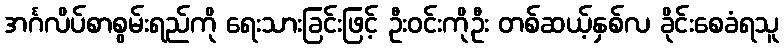
အင်္ဂလိပ်စာစွမ်းရည်ကို ရေးသားခြင်းဖြင့် ဦးဝင်းကိုဦး တစ်ဆယ့်နှစ်လ ခိုင်းစေခံရသူ